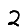
Digit: 2